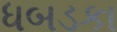
ધબડકા